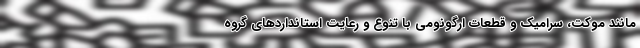
مانند موکت، سرامیک و قطعات ارگونومی با تنوع و رعایت استانداردهای گروه